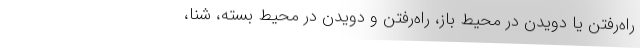
راه‌رفتن یا دویدن در محیط باز، راه‌رفتن و دویدن در محیط بسته، شنا،